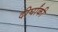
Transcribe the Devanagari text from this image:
दीर्घांकी